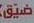
ضيتق